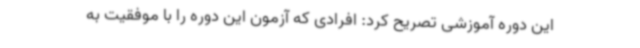
این دوره آموزشی تصریح کرد: افرادی که آزمون این دوره را با موفقیت به